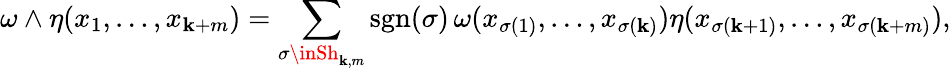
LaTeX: {\omega\wedge\eta(x_{1},\ldots,x_{\mathbf{k}+m})}=\sum_{\sigma\inSh_{\mathbf{k},m}}\operatorname{sgn}(\sigma)\, \omega(x_{\sigma(1)},\ldots,x_{\sigma(\mathbf{k})})\eta(x_{\sigma(\mathbf{k}+1)},\ldots,x_{\sigma(\mathbf{k}+m)}),